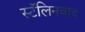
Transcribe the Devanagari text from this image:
स्टॅलिनवाद